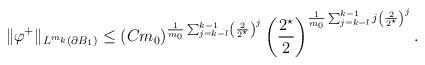
LaTeX: \begin{align*}\|\varphi^{+}\|_{L^{m_{k}}(\partial B_1)} &\leq(C m_0)^{\frac{1}{m_{0}} \sum_{j = k-l}^{k-1} \left(\frac{2}{2^{\star}}\right)^{j} } \left(\frac{2^{\star}}{2}\right)^{\frac{1}{m_{0}} \sum_{j = k-l}^{k-1} j\left(\frac{2}{2^{\star}}\right)^{j} }.\end{align*}